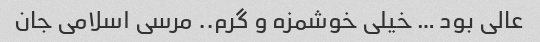
عالی بود … خیلی خوشمزه و گرم.. مرسی اسلامی جان